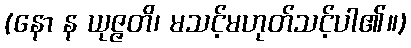
(နော န ယုဇ္ဇတိ၊ မသင့်မဟုတ်သင့်ပါ၏။)